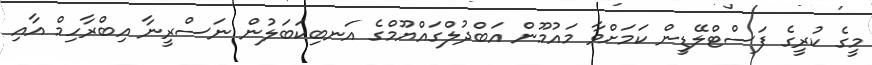
މީގެ ކުރީގެ ފަސްޓްލޭޑީން ކަމަށްވާ މައުމޫން އަބްދުލްގައްޔޫމްގެ އަނބިކަބަލުން ނަސްރީނާ އިބްރާހިމް އާއި